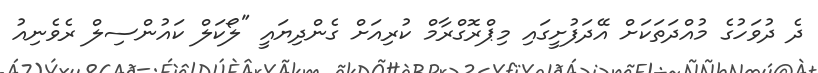
ދެ ދުވަހުގެ މުއްދަތަކަށް އޭދަފުށީގައި މިޕްރޮގްރާމް ކުރިއަށް ގެންދިޔައީ "ލޯކަލް ކައުންސިލް ރެވެނިއު